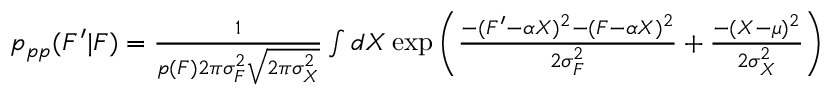
\begin{array} { r } { p _ { p p } ( F ^ { \prime } | F ) = \frac { 1 } { p ( F ) 2 \pi \sigma _ { F } ^ { 2 } \sqrt { 2 \pi \sigma _ { X } ^ { 2 } } } \int d X \exp \left( \frac { - ( F ^ { \prime } - \alpha X ) ^ { 2 } - ( F - \alpha X ) ^ { 2 } } { 2 \sigma _ { F } ^ { 2 } } + \frac { - ( X - \mu ) ^ { 2 } } { 2 \sigma _ { X } ^ { 2 } } \right) } \end{array}